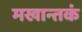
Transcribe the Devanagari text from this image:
मखान्तकं